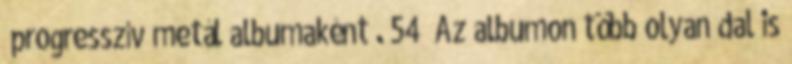
„progresszív metál albumaként”. 54 Az albumon több olyan dal is